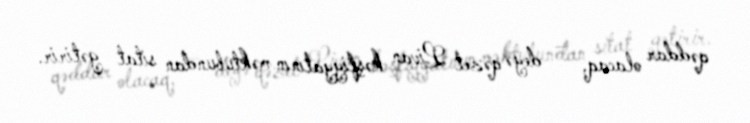
qəddar olacaq, — deyə qəzet Livan kəşfiyyatının məktubundan sitat gətirir.